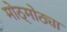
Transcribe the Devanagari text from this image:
मोठ्मोठ्या